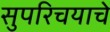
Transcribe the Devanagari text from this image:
सुपरिचयाचे